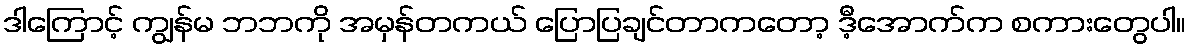
ဒါကြောင့် ကျွန်မ ဘဘကို အမှန်တကယ် ပြောပြချင်တာကတော့ ဒီ့အောက်က စကားတွေပါ။